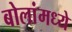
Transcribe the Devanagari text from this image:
बोलांमध्ये